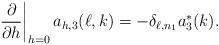
LaTeX: \begin{align*}\left.\frac{\partial}{\partial h}\right|_{h=0}a_{h,3}(\ell,k)=-\delta_{\ell,n_1}a_3^\ast(k).\end{align*}